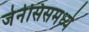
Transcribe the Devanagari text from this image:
जेनेसिसमध्ये